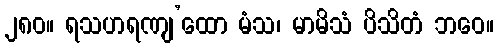
၂၈၀။ ရသဟရဏျ’ထော မံသ၊ မာမိသံ ပိသိတံ ဘဝေ။